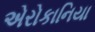
એરોકાનિયા